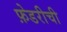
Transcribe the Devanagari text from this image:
फ़ेडरीची